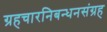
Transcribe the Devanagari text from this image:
ग्रहचारनिबन्धनसंग्रह